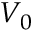
V _ { 0 }